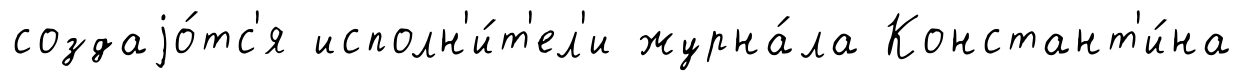
создаjо́тс'я исполн'и́т'ел'и журна́ла Констант'и́на